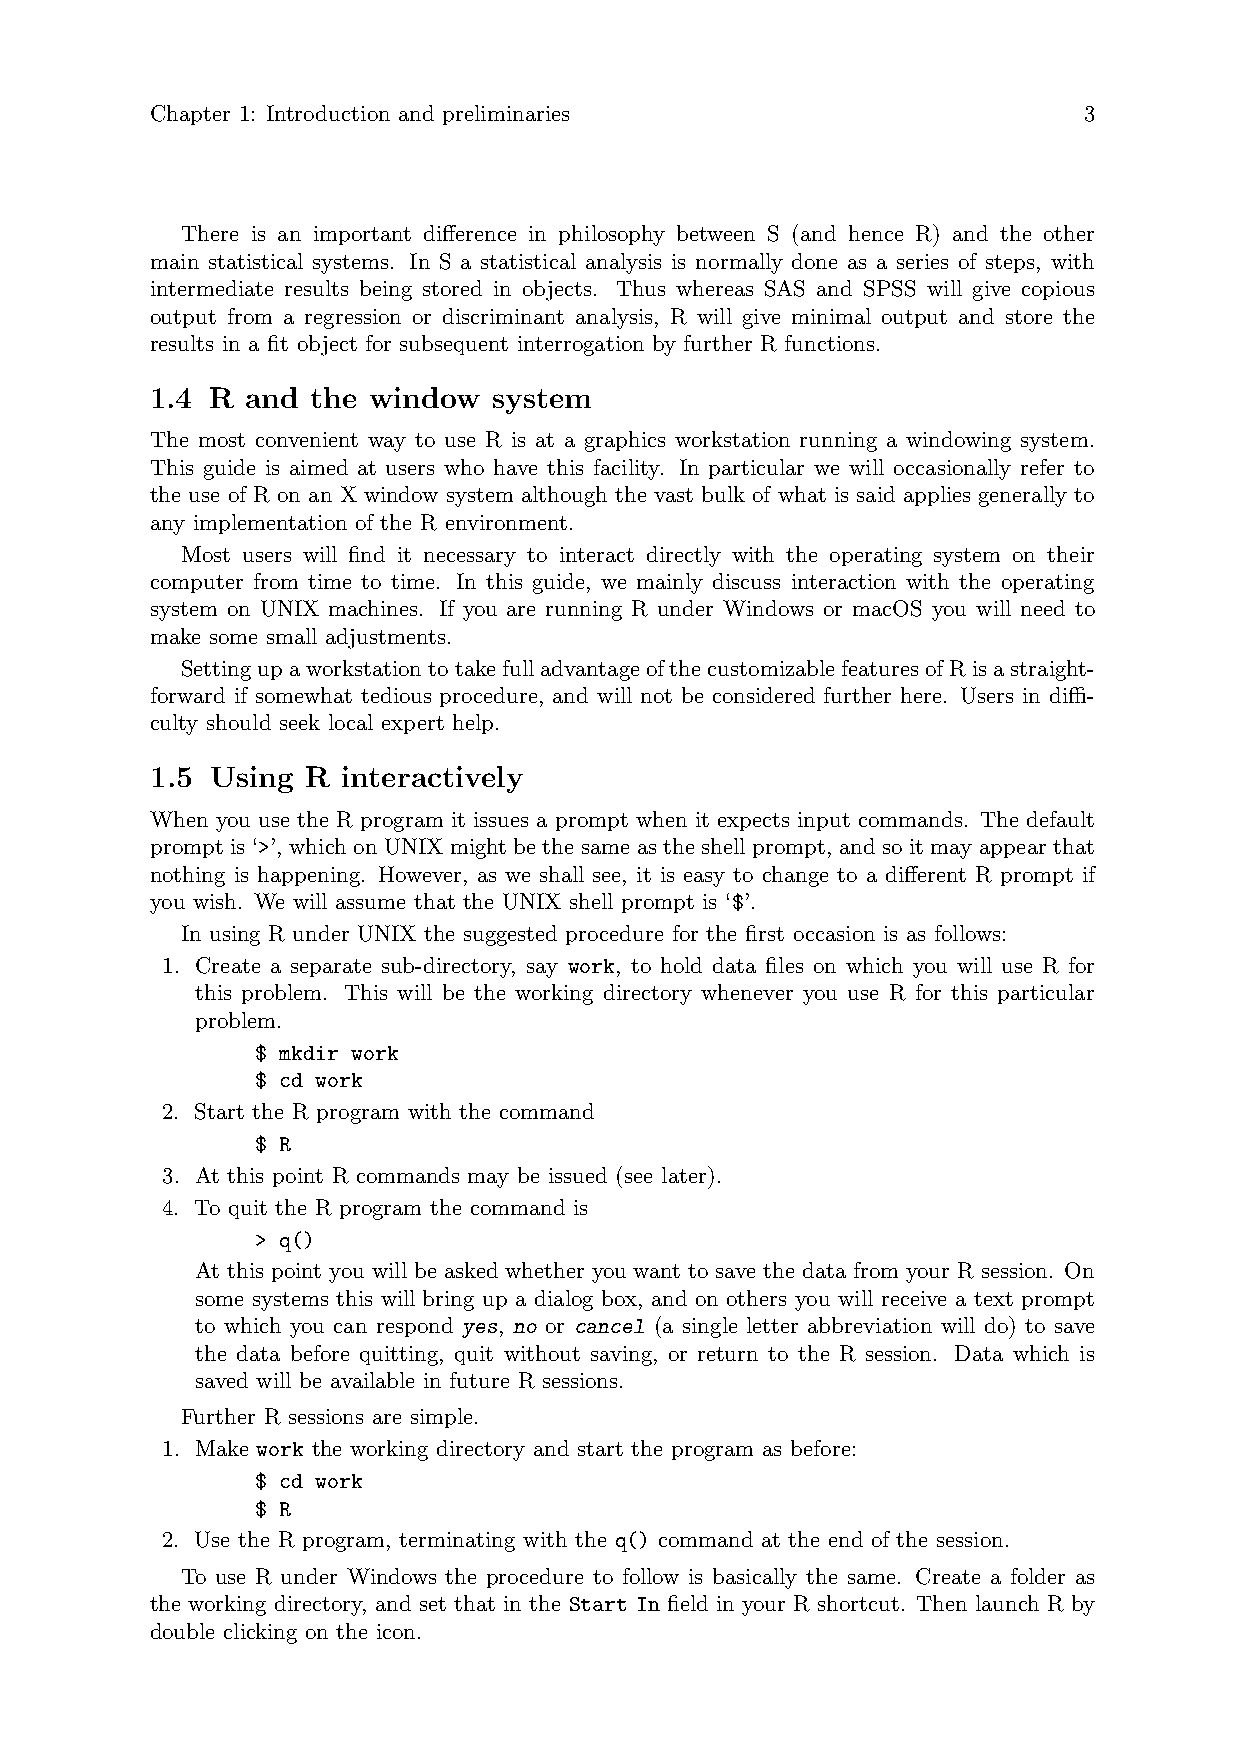
Chapter 1: Introduction and preliminaries                     3
 There is an important difference in philosophy between S (and hence R) and the other
 main statistical systems. In S a statistical analysis is normally done as a series of steps, with
 intermediate results being stored in objects. Thus whereas SAS and SPSS will give copious
 output from a regression or discriminant analysis, R will give minimal output and store the
 results in a fit object for subsequent interrogation by further R functions.
 1.4 R and  the window  system
 The most convenient way to use R is at a graphics workstation running a windowing system.
 This guide is aimed at users who have this facility. In particular we will occasionally refer to
 the use of R on an X window system although the vast bulk of what is said applies generally to
 any implementation of the R environment.
 Most users will find it necessary to interact directly with the operating system on their
 computer from time to time. In this guide, we mainly discuss interaction with the operating
 system on UNIX machines. If you are running R under Windows or macOS you will need to
 make some small adjustments.
 SettingupaworkstationtotakefulladvantageofthecustomizablefeaturesofRisastraight-
 forward if somewhat tedious procedure, and will not be considered further here. Users in diffi-
 culty should seek local expert help.
 1.5 Using R  interactively
 When you use the R program it issues a prompt when it expects input commands. The default
 prompt is ‘>’, which on UNIX might be the same as the shell prompt, and so it may appear that
 nothing is happening. However, as we shall see, it is easy to change to a different R prompt if
 you wish. We will assume that the UNIX shell prompt is ‘$’.
 In using R under UNIX the suggested procedure for the first occasion is as follows:
 1. Create a separate sub-directory, say work, to hold data files on which you will use R for
 this problem. This will be the working directory whenever you use R for this particular
 problem.
 $ mkdir work
 $ cd work
 2. Start the R program with the command
 $ R
 3. At this point R commands may be issued (see later).
 4. To quit the R program the command is
 > q()
 At this point you will be asked whether you want to save the data from your R session. On
 some systems this will bring up a dialog box, and on others you will receive a text prompt
 to which you can respond yes, no or cancel (a single letter abbreviation will do) to save
 the data before quitting, quit without saving, or return to the R session. Data which is
 saved will be available in future R sessions.
 Further R sessions are simple.
 1. Make work the working directory and start the program as before:
 $ cd work
 $ R
 2. Use the R program, terminating with the q() command at the end of the session.
 To use R under Windows the procedure to follow is basically the same. Create a folder as
 the working directory, and set that in the Start In field in your R shortcut. Then launch R by
 double clicking on the icon.